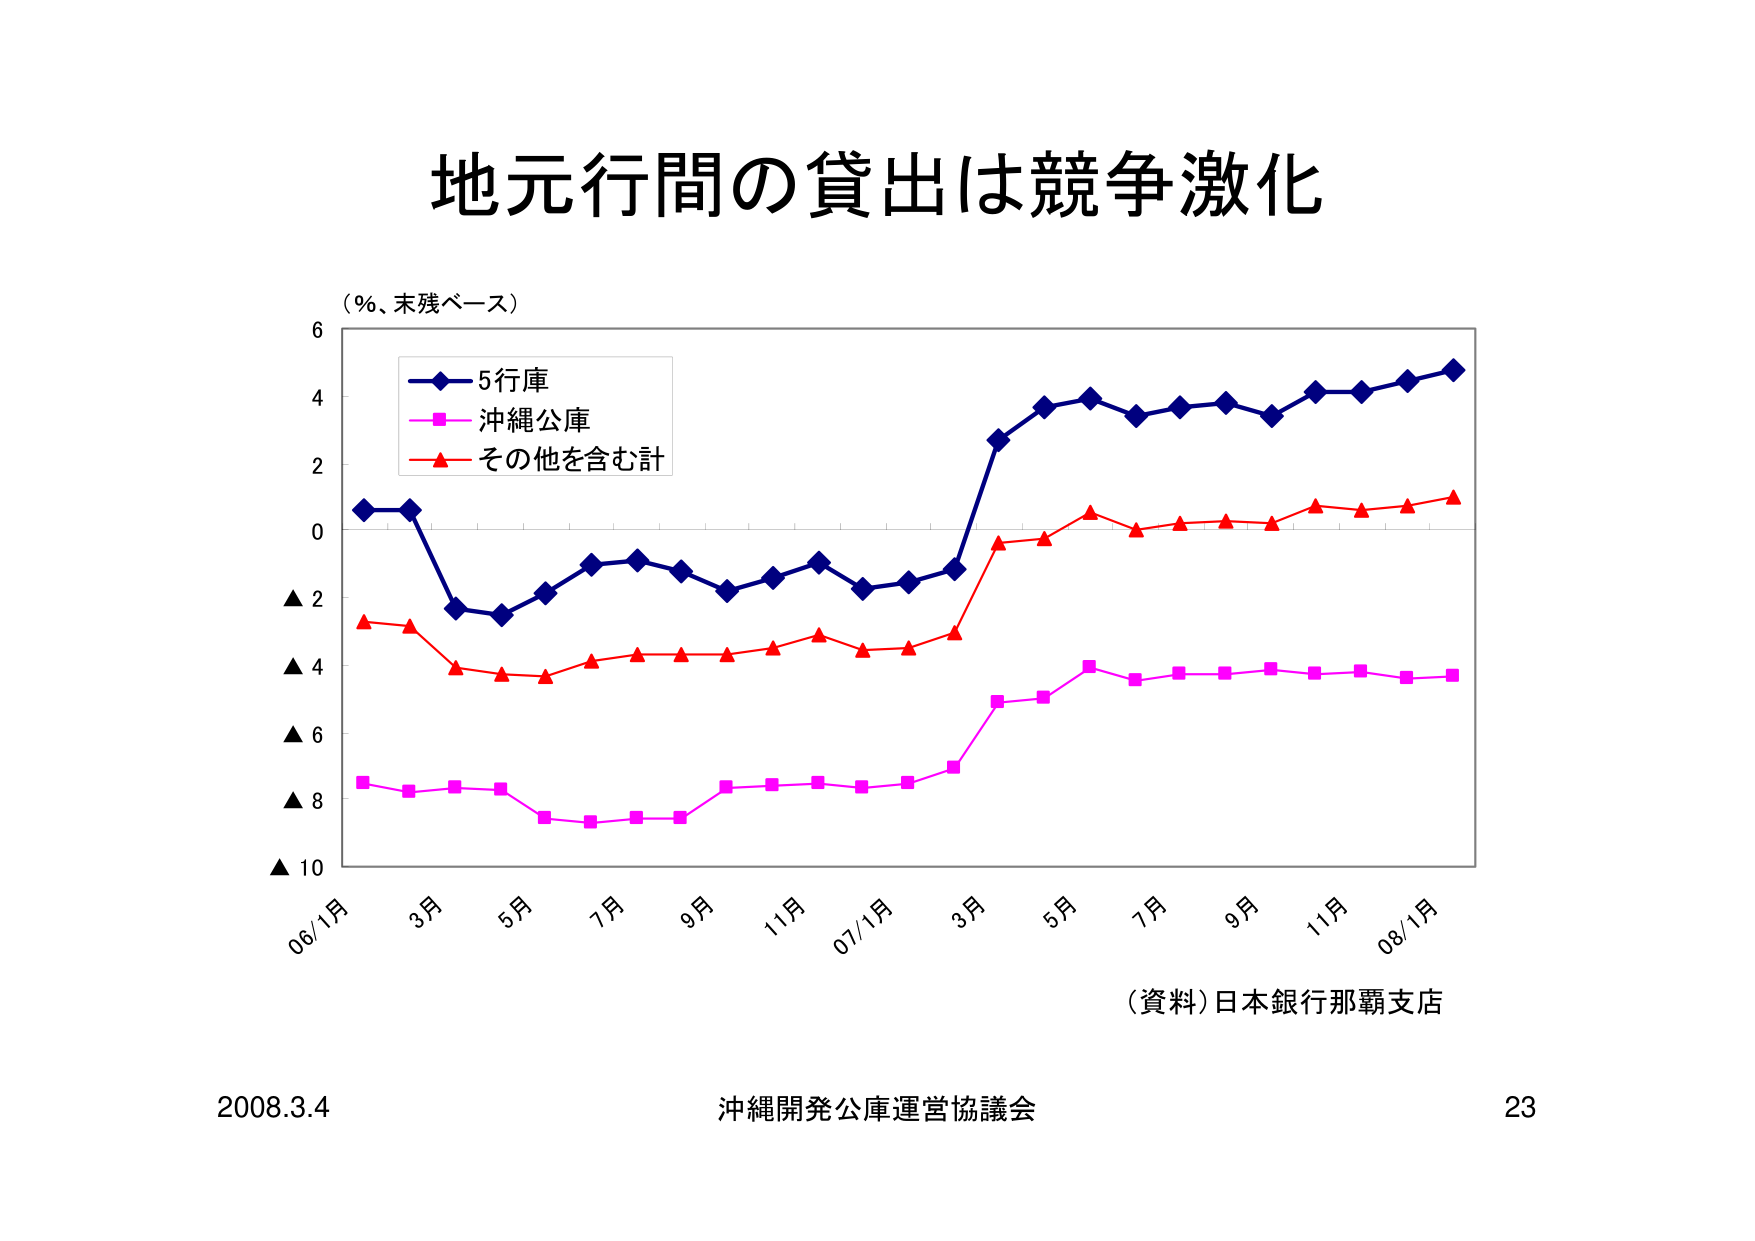
地元行間の貸出は競争激化

（％、末残ベース）

5行庫
沖縄公庫
その他を含む計

06/1月 3月 5月 7月 9月 11月 07/1月 3月 5月 7月 9月 11月 08/1月

（資料）日本銀行那覇支店

2008.3.4 沖縄開発公庫運営協議会 23